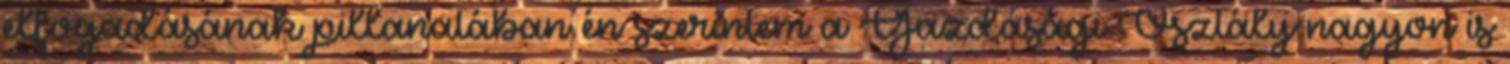
elfogadásának pillanatában én szerintem a Gazdasági Osztály nagyon is